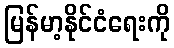
မြန်မာ့နိုင်ငံရေးကို